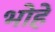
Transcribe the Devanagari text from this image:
भोहें